Bulletin of the Pasteur Institute of Southern India, Coonoor - No. 1.
Year: 1908
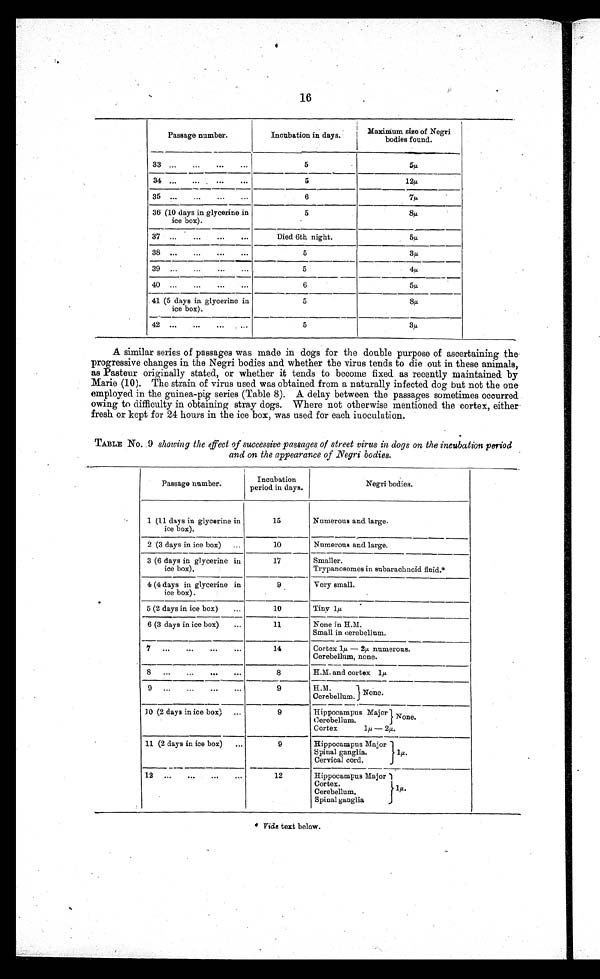
16
Passage number.
Incubation in days.
Maximum
size of Negri
bodies found.
3 3
5
5 µ
3 4
5
1 2 µ
35
6
7 µ
36 (10 days in glycerine in
ice box).
5
8 µ
3 7
Died 6th night.
5µ
3 8
5
3µ
3 9
5
6
4µ
40 ...
5µ
41 (5 days in glycerine in
ice box).
5
8µ
42
5
3µ
A similar series of passages was made in dogs for the double purpose of ascertaining the
progressive changes in the Negri bodies and whether the virus tends to die out in these animals,
as Pasteur originally stated, or whether it tends to become fixed as recently maintained by
Marie (10). The strain of virus used was obtained from a naturally infected dog but not the one
employed in the guinea-pig series (Table 8). A delay between the passages sometimes occurred
owing to difficulty in obtaining stray dogs. Where not otherwise mentioned the cortex, either
fresh or kept for 24 hours in the ice box, was used for each inoculation.
TABLE No. .9 showing the effect of successive passages of street virus in dogs on the incubation period
and on the appearance of Negri bodies.
Passage number.
Incubation
period in days.
Negri bodies.
1 (11 days in glycerine in
ice box).
15
Numerous and large.
2 (3 days in ice box)
...
10
Numerous and large.
3 (6 days in glycerine in
ice box),
17
Smaller.
Trypanosomes in subarachnoid fluid.*
4 (4 days in glycerine in
ice box).
9
Very small.
5 (2 days in ice box)
...
10
Tiny 1µ
6 (3 days in ice box)
...
11
None in H.M.
Small in cerebellum.
7
14
Cortex 1u — 2µ numerous.
Cerebellum, none.
8
8
H.M. and cortex 1µ
9
9
H.M.
-
Cerebellum. None.
10 (2 days in ice box) ...
9
Hippocampus Major None.
Cerebellum.
Cortex
1µ — 2µ.
11 (2 days in ice box)
...
9
Hippocampus Major
Spinal ganglia.
Cervical cord.
1µ.
12
Hippocampus Major
Cortex.
Cerebellum,
1µ.
Spinal ganglia
I
* Vide text below.